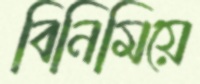
বিনিমিয়ে